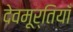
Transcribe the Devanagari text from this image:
देवमूर्तियाँ